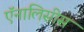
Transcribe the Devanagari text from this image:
ऍनालिसीस